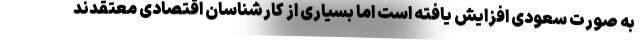
به صورت سعودی افزایش یافته است اما بسیاری از کارشناسان اقتصادی معتقدند